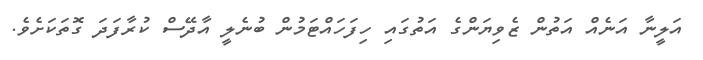
އަލީނާ އަނެއް އަތުން ޒެވިޔަންގެ އަތުގައި ހިފަހައްޓަމުން ބުނެލީ އާދޭސް ކުރާފަދަ ގޮތަކަށެވެ.